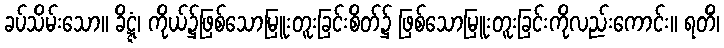
ခပ်သိမ်းသော။ ခိဋ္ဋံ၊ ကိုယ်၌ဖြစ်သောမြူးတူးခြင်းစိတ်၌ ဖြစ်သောမြူးတူးခြင်းကိုလည်းကောင်း။ ရတိံ၊